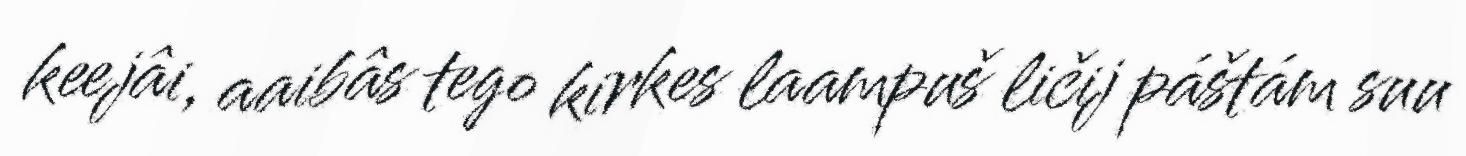
keejâi, aaibâs tego kirkes laampuš ličij páštám suu